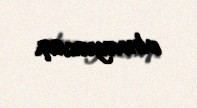
olmayacaq.